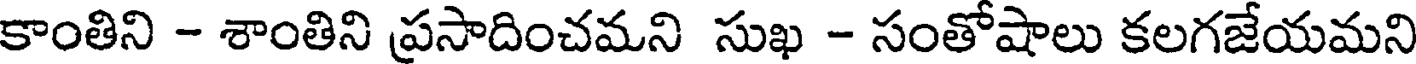
కాంతిని - శాంతిని ప్రసాదించమని సుఖ - సంతోషాలు కలగజేయమని